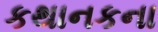
કથાનકના